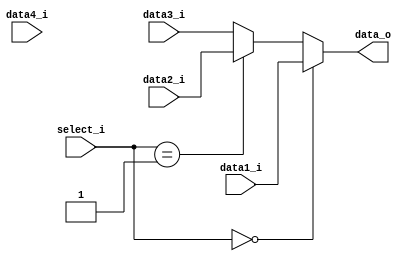
module MUX32_4
(
    data1_i,
    data2_i,
    data3_i,
    data4_i,    // unused
    select_i,
    data_o
);

// Ports
input   [31:0]  data1_i, data2_i, data3_i, data4_i;
input   [1:0]   select_i;
output  [31:0]  data_o;

assign data_o = (select_i == 2'b00) ? data1_i :
                (select_i == 2'b01) ? data2_i :
                data3_i;

endmodule